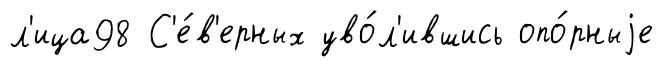
л'ица98 С'е́в'ерных уво́л'ившись опо́рныjе